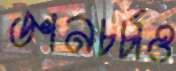
জ্ঞানচর্চাও